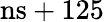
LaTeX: \mathrm{ns}+125